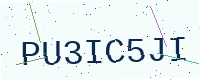
Text: PU3IC5JI